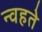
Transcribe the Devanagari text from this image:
न्वहते